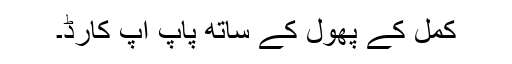
کمل کے پھول کے ساتھ پاپ اپ کارڈ۔